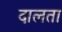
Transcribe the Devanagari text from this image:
दालता